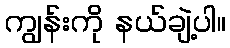
ကျွန်းကို နယ်ချဲ့ပါ။